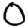
Digit: 0